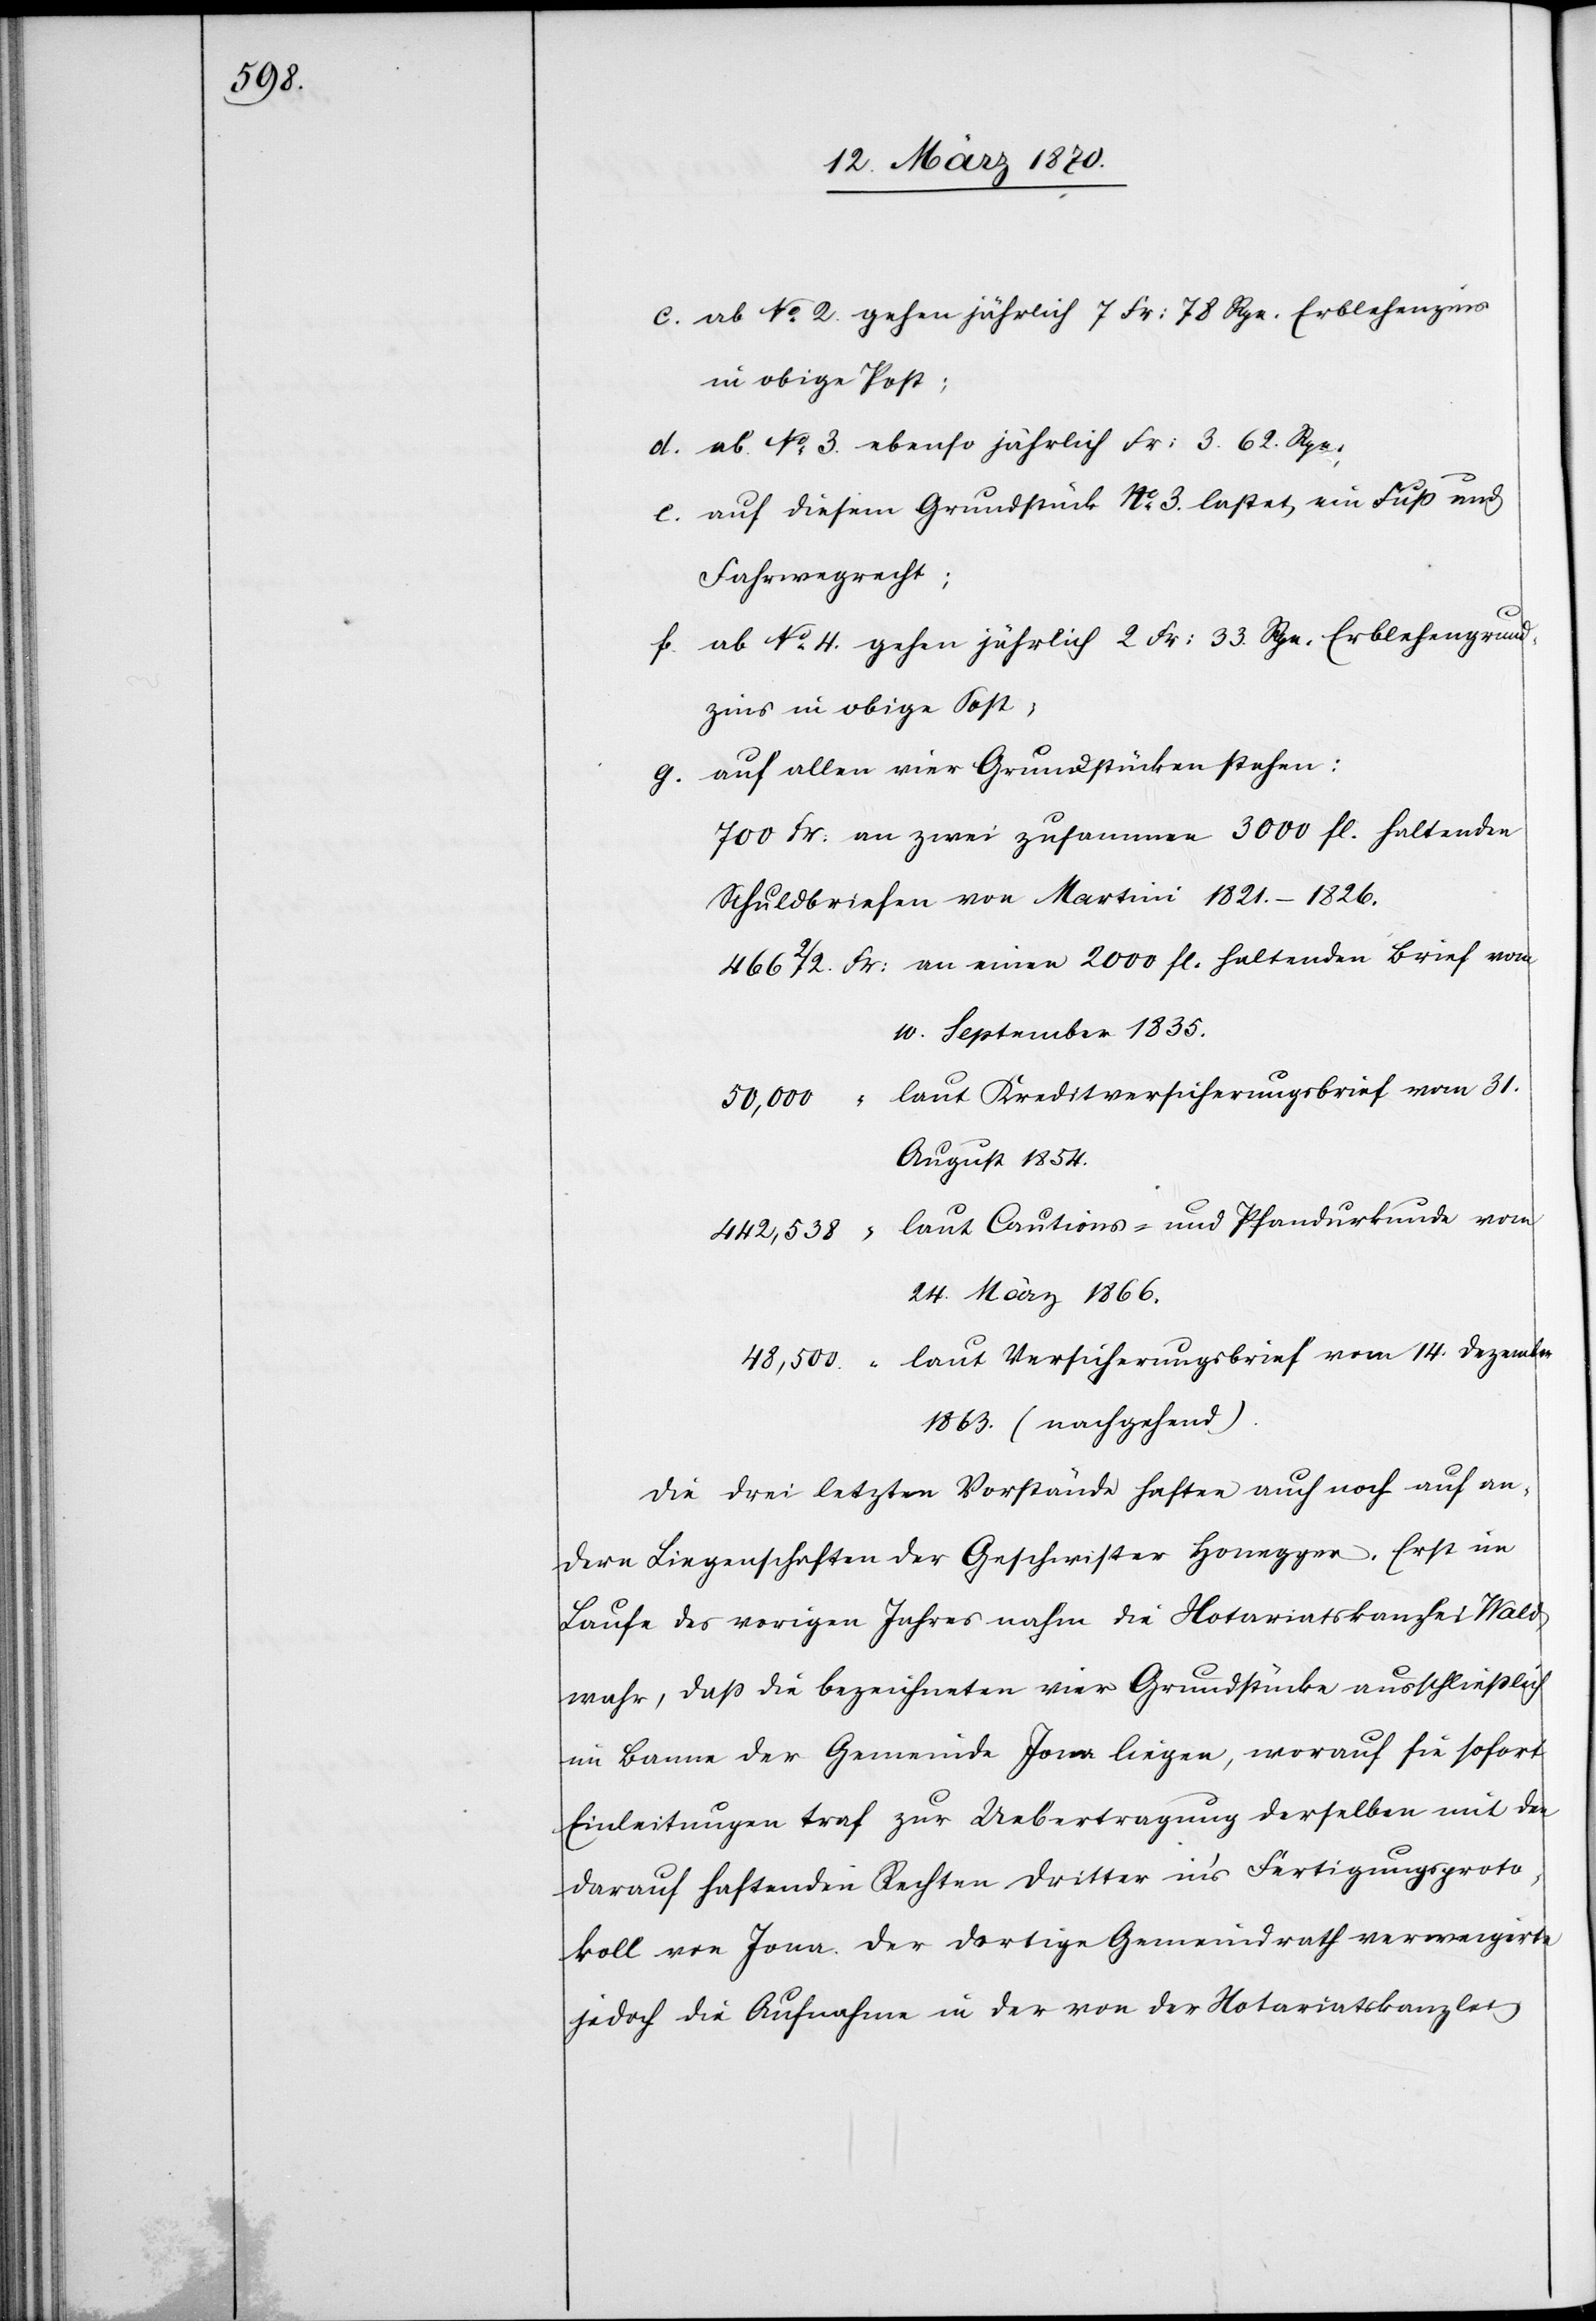
3000

c. ab No. 2. gehen jährlich 7 Fr: 78 Rpn. Erblehenzins
in obige Post;
d. ab No. 3. ebenso jährlich Fr: 3. 62. Rpn.
e. auf diesem Grundstück No. 3. lastet ein Fuß[-] und
Fahrwegrecht;
f. ab No. 4. gehen jährlich 2 Fr: 33. Rpn. Erblehengrund¬
zins in obige Post;
g. auf allen vier Grundstücken stehen:
Schuldbriefen von Martini 1821.–1826.
10. September 1835.
laut Kreditversicherungsbrief vom 31.
50,000
August 1854.
laut Cautions- und Pfandurkunde vom
442,538
24. März 1866.
laut Versicherungsbrief vom 14. Dezember
48,500.
1863. (nachgehend).
Die drei letzten Vorstände haften auch noch auf an¬
dern Liegenschaften der Geschwister Honegger. Erst im
Laufe des vorigen Jahres nahm die Notariatskanzlei Wald
wahr, daß die bezeichneten vier Grundstücke ausschließlich
im Banne der Gemeinde Jona liegen, worauf sie sofort
Einleitungen traf zur Uebertragung derselben mit den
darauf haftenden Rechten Dritter in’s Fertigungsproto¬
koll von Jona. Der dortige Gemeindrath verweigerte
jedoch die Aufnahme in der von der Notariatskanzlei